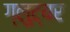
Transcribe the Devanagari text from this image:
ग्लुट्यर